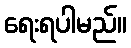
ရေးရပါမည်။